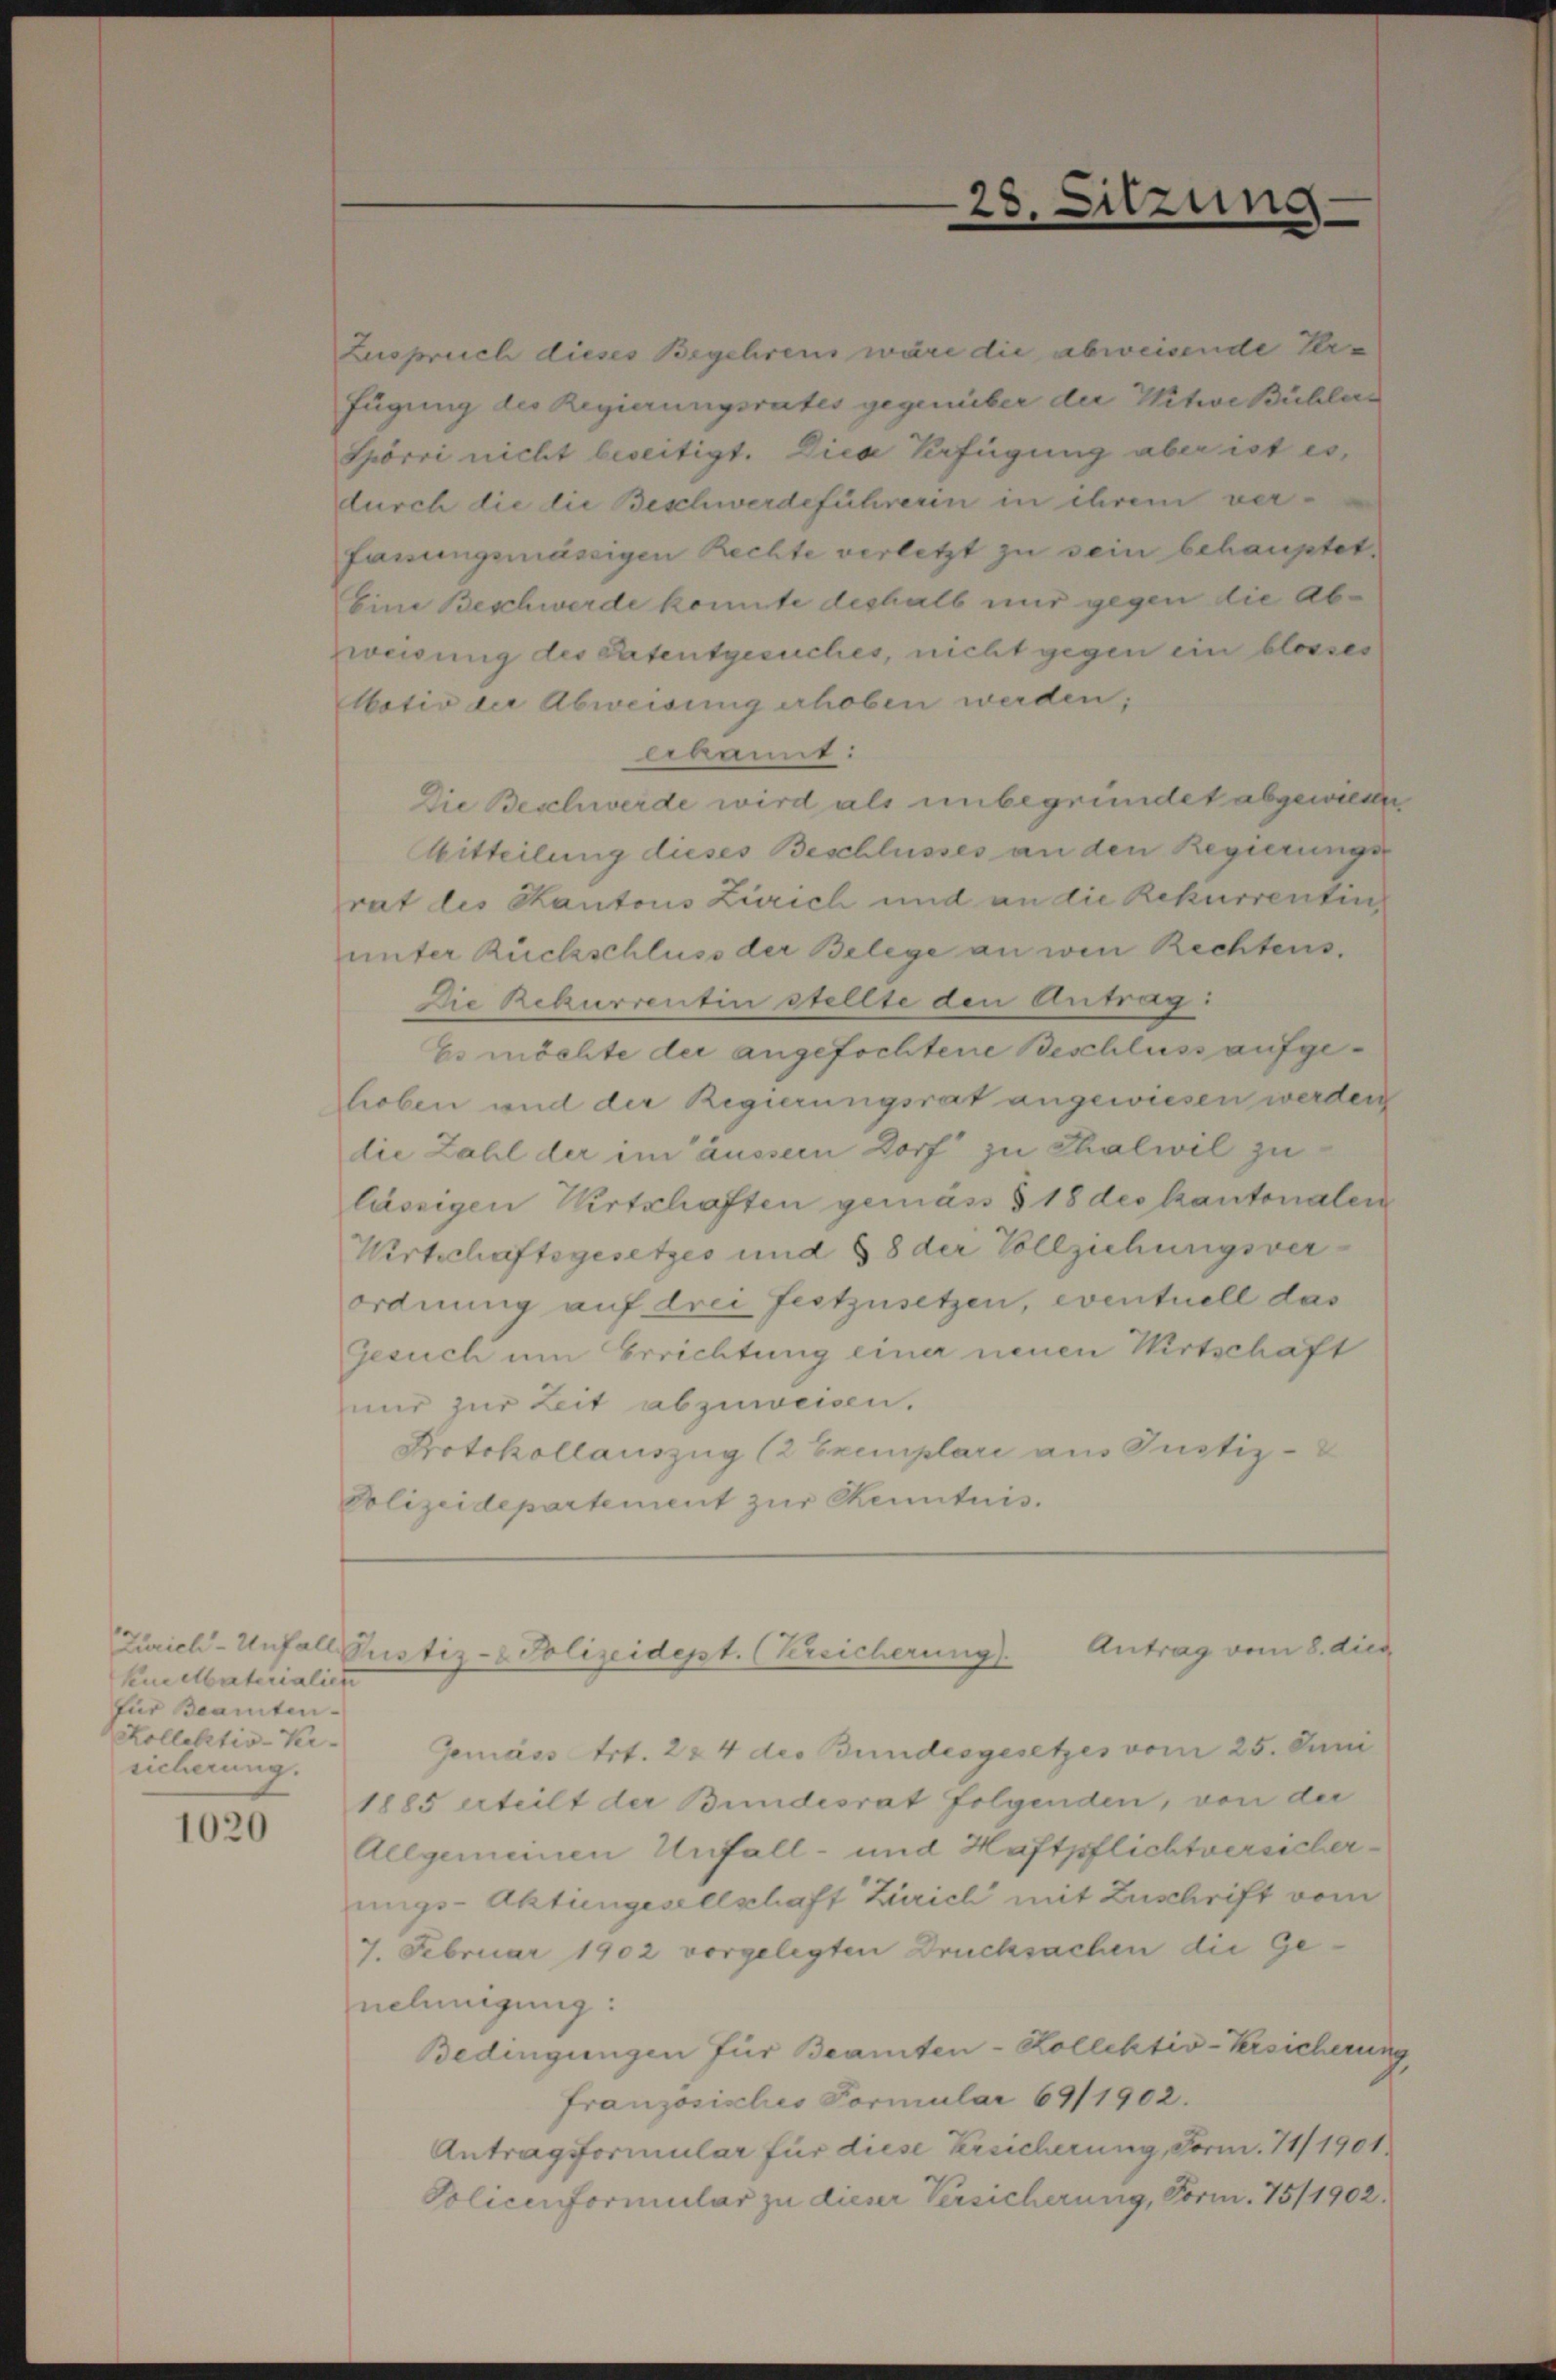
knebaterialien
für Beamten-
Kollektiv-Kersicherung.

1020

lekannt:
Die Beschwerde wird als unbegründet abgewiese
Mitteilung dieses Beschlusses an den Regierungs-
rat des Kantons Zürich und an die Rekurrentin
unter Rückschluss der Belege an wen Rechtens.
Die Rekurrentin stellte den Antrag:
Es möchte der angefochtene Beschluss aufgehoben und der Regierungsrat angewiesen werden
die Zahl der im äussern Dorf zu Thalwil zu
lässigen Wirtschaften gemäss § 18 des Kantonalen
Wirtschaftsgesetzes und § 8 der Vollziehungsver-
ordnung auf drei festzusetzen, eventuell das
Gesuch um Errichtung einer neuen Wirtschaft
nur zur Zeit abzuweisen.
Protokollauszug (2 Exemplare aus Justiz-
Polizeidepartement zur Kenntnis.

Zuspruch dieses Begehrens wäre die abweisende Verfügung des Regierungsrates gegenüber der Witwe Bühler
Spörri nicht beseitigt. Dies Verfügung aber ist es,
durch die die Beschwerdeführerin in ihrem verfassungsmässigen Rechte verletzt zu sein behauptet,
Eine Beschwerde konnte deshalb nur gegen die Abweisung des Patentgesuches, nicht gegen ein blosses
Motiv die Abweisung erhoben werden;

2

it

n

Antrag vom 8. dies
Zürich-Unfall Pustiz- & Polizeidept. (Vereicherung).

Gemäss Art. 224 des Bundesgesetzes vom 25. Juni
1885 erteilt der Bundesrat folgenden, von der
Allgemeinen Unfall- und Haftpflichtversicherungs-Aktungesellschaft Zürich mit Zuschrift vom
7. Februar 1902 vorgelegten Drucksachen die Genehmigung:
Bedingungen für Beamten-Kollektiv-Versicherung
Franzosisches Formular 69/1902.
Antragsformular für diese Ersicherung, Form. 7/1901.
Policenformular zu dieser Versicherung, Form. 75/1902.